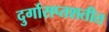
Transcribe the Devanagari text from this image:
दुर्गासप्तशतीत